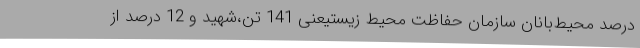
درصد محیط‌بانان سازمان حفاظت محیط زیستیعنی 141 تن،شهید و 12 درصد از